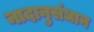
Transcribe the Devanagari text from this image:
नादानुसंधान